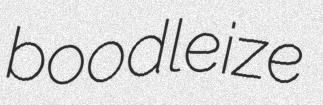
boodleize